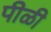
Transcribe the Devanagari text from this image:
पीळी